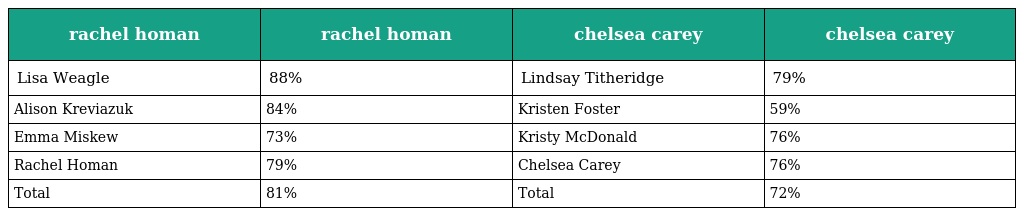
| rachel homan | rachel homan | chelsea carey | chelsea carey |
 | --- | --- | --- | --- |
 | Lisa Weagle | 88% | Lindsay Titheridge | 79% |
 | Alison Kreviazuk | 84% | Kristen Foster | 59% |
 | Emma Miskew | 73% | Kristy McDonald | 76% |
 | Rachel Homan | 79% | Chelsea Carey | 76% |
 | Total | 81% | Total | 72% |